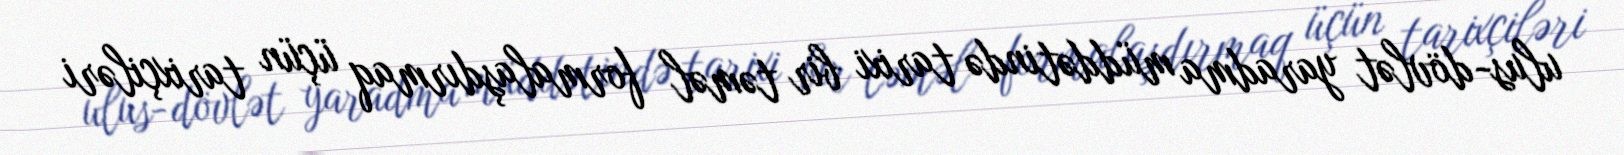
ulus-dövlət yaradma müddətində tarixi bir təməl formalaşdırmaq üçün tarixçiləri